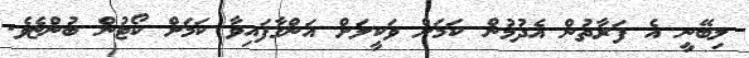
ލިބޭނީ އެ ފަރާތުން އެދުމުން ކަމަށް ވަކީލަށް އަންގާފައިވާ ކަމަށް ކޯޓުން ބުންޏެވެ.